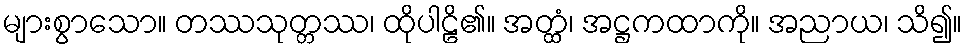
များစွာသော။ တဿသုတ္တဿ၊ ထိုပါဠိ၏။ အတ္ထံ၊ အဋ္ဌကထာကို။ အညာယ၊ သိ၍။